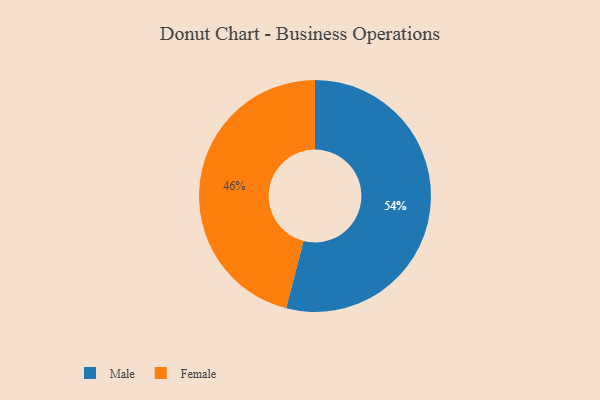
{"axis": {"x": "Category", "y": "Percentage"}, "legend": ["Female", "Male"], "data": [{"x": "Male", "y": 54, "type": "Male"}, {"x": "Female", "y": 46, "type": "Female"}]}